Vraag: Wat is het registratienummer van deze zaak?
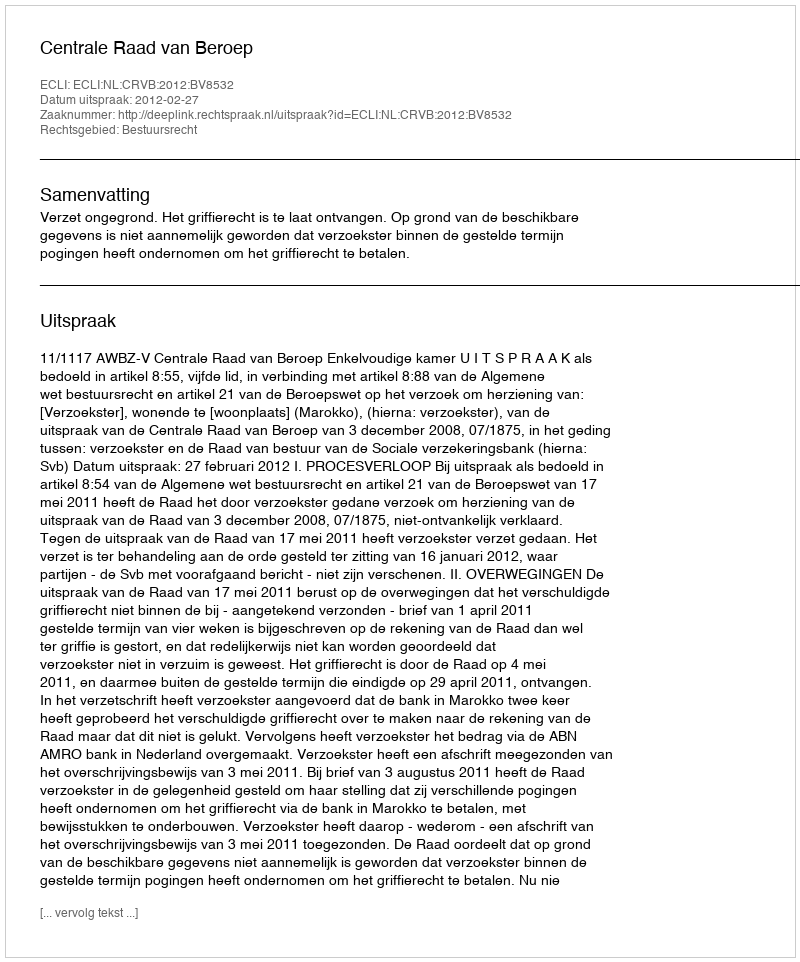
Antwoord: http://deeplink.rechtspraak.nl/uitspraak?id=ECLI:NL:CRVB:2012:BV8532